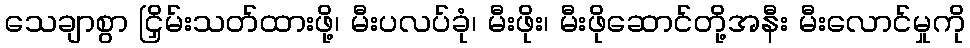
သေချာစွာ ငြှိမ်းသတ်ထားဖို့၊ မီးပလပ်ခုံ၊ မီးဖိုး၊ မီးဖိုဆောင်တို့အနီး မီးလောင်မှုကို